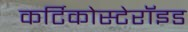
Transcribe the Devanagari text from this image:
कर्टिकोस्टेरॉइड